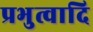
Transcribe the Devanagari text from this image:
प्रभुत्वादि